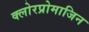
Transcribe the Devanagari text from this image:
क्लोरप्रोमाजिन